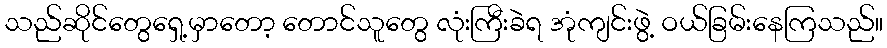
သည်ဆိုင်တွေရှေ့မှာတော့ တောင်သူတွေ လုံးကြီးခဲရ အုံကျင်းဖွဲ့ ဝယ်ခြမ်းနေကြသည်။